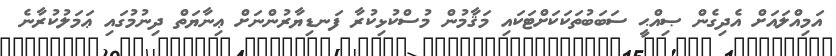
އަމިއްލައަށް އެދިގެން ޞިއްޙީ ސަބަބުތަކަކަށްޓަކައި މަޤާމުން މުސްކުޅިކުރާ ފަނޑިޔާރުންނަށް ޢިނާޔަތް ދިނުމުގައި ޢަމަލުކުރާނެ